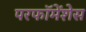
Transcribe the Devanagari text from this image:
परफॉमेंशेस